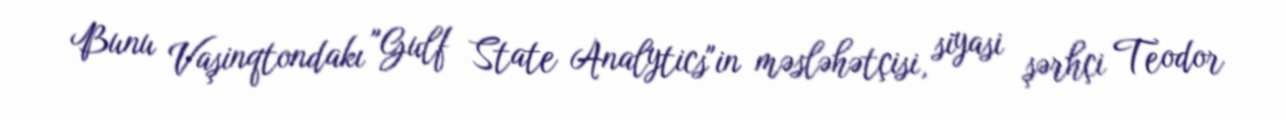
Bunu Vaşinqtondakı "Gulf State Analytics"in məsləhətçisi, siyasi şərhçi Teodor